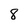
Character: 8